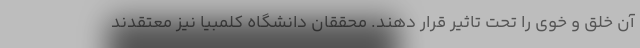
آن خلق و خوی را تحت تاثیر قرار دهند. محققان دانشگاه کلمبیا نیز معتقدند